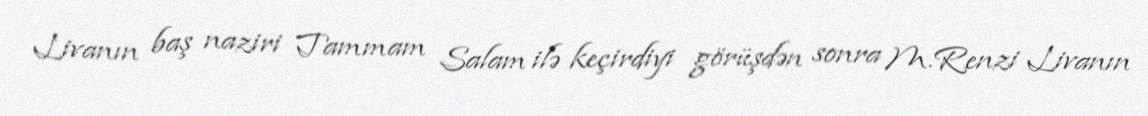
Livanın baş naziri Tammam Salam ilə keçirdiyi görüşdən sonra M.Renzi Livanın